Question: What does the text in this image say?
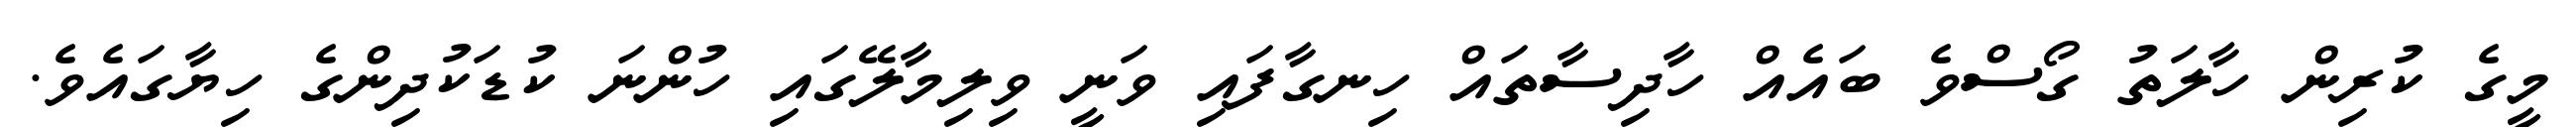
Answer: މީގެ ކުރިން ހާލަތު ގޯސްވެ ބައެއް ހާދިސާތައް ހިނގާފައި ވަނީ ވިލިމާލޭގައި ހުންނަ ކުޑަކުދިންގެ ހިޔާގައެވެ.